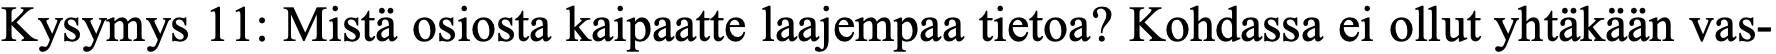
Kysymys 11: Mistä osiosta kaipaatte laajempaa tietoa? Kohdassa ei ollut yhtäkään vas-